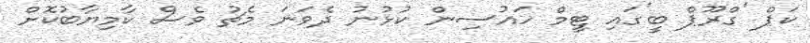
ކަޕް 'ގްރޫޕް ބީ'ގައި ޓީމް ހައުސިން ކުޅުނު ދެވަނަ މެޗު ވެސް ކާމިޔާބުކޮށް